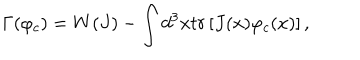
LaTeX: \Gamma ( \varphi _ { c } ) = W ( J ) - \int d ^ { 3 } x t r \left[ J ( x ) \varphi _ { c } ( x ) \right] ,